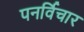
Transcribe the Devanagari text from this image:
पनर्विचार